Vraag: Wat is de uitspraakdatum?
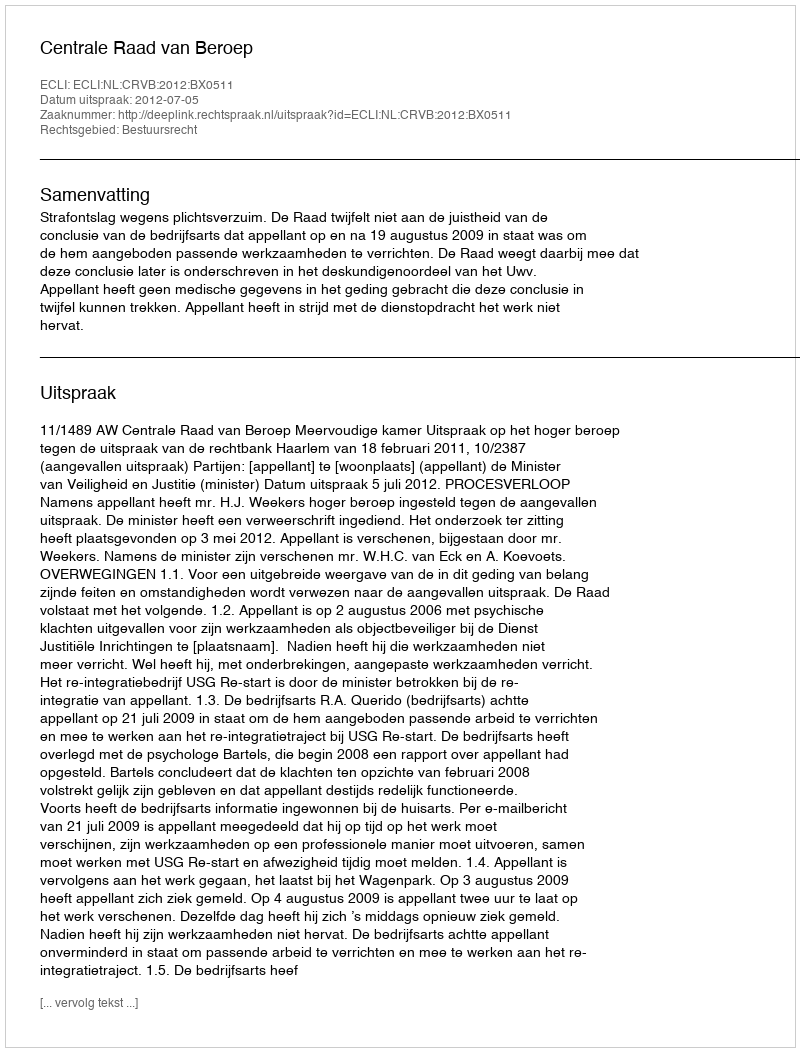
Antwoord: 2012-07-05